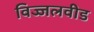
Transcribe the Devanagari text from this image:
विज्जलवीड